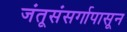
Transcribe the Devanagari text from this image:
जंतूसंसर्गापासून